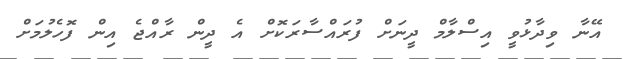
އޭނާ ވިދާޅުވީ އިސްލާމް ދީނަށް ފުރައްސާރަކޮށް އެ ދީން ރާއްޖެ އިން ފޮހެލުމަށް